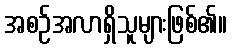
အစဉ်အလာရှိသူများဖြစ်၏။